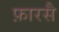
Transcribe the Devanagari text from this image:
फ़ारसै